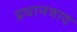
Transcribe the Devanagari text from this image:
प्रधानवाद